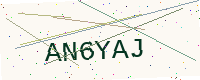
Text: AN6YAJ